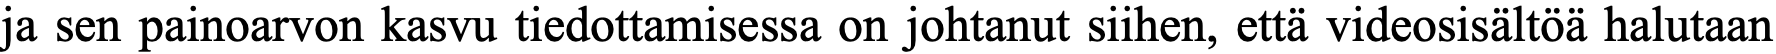
ja sen painoarvon kasvu tiedottamisessa on johtanut siihen, että videosisältöä halutaan